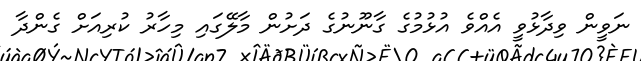
ނަވީން ވިދާޅުވީ އެއްވެ އުޅުމުގެ ގާނޫނުގެ ދަށުން މާލޭގައި މިހާރު ކުރިއަށް ގެންދާ